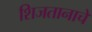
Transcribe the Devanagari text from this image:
शिजतानाचे